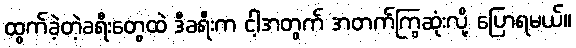
ထွက်ခဲ့တဲ့ခရီးတွေထဲ ဒီခရီးက ငါ့အတွက် အတက်ကြွဆုံးလို့ ပြောရမယ်။